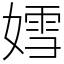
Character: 𡠭